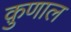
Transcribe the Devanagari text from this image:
क़ुणाल